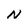
Character: N